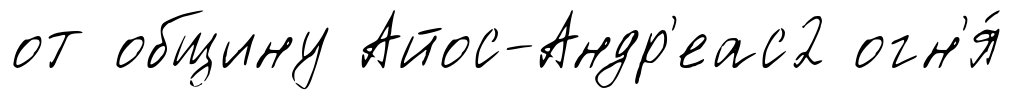
от общину Айос-Андр'еас2 огн'я́